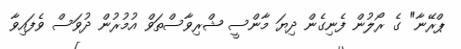
ޕްރޭނާ" ގެ ރޯލުން ފެނިގެން ދިޔަ މާންސީ ޝްރިވާސްތަވް އުމުރުން ދުވަސް ވެފައިވާ